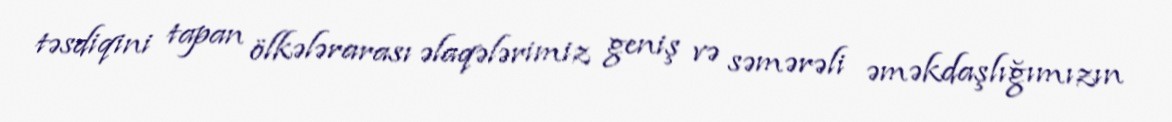
təsdiqini tapan ölkələrarası əlaqələrimiz geniş və səmərəli əməkdaşlığımızın